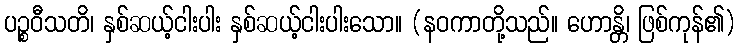
ပဉ္စဝီသတိ၊ နှစ်ဆယ့်ငါးပါး နှစ်ဆယ့်ငါးပါးသော။ (နဝကာတို့သည်။ ဟောန္တိ၊ ဖြစ်ကုန်၏)